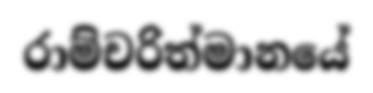
රාම්චරිත්මානයේ